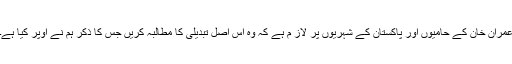
عمران خان کے حامیوں اور پاکستان کے شہریوں پر لاز م ہے کہ وہ اس اصل تبدیلی کا مطالبہ کریں جس کا ذکر ہم نے اوپر کیا ہے۔